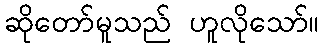
ဆိုတော်မူသည် ဟူလိုသော်။